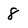
Character: 8